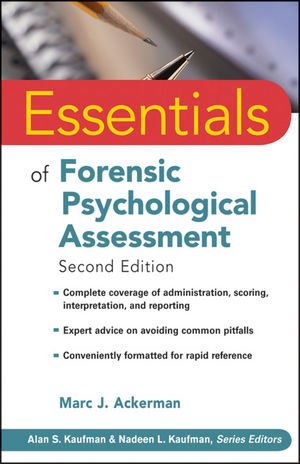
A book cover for Essentials of Forensic Psychological Assessment; Marc J. Ackerman; Medical Books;